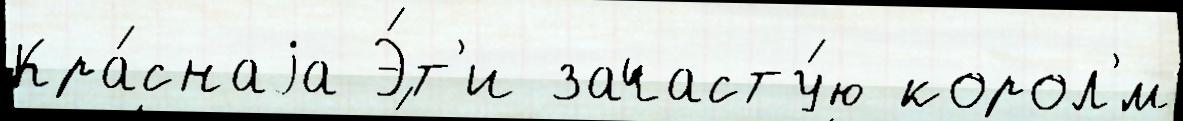
Кра́снаjа Э́т'и зачасту́ю корол'́м